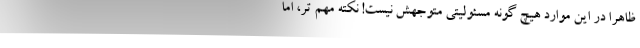
ظاهرا در این موارد هیچ گونه مسئولیتی متوجهش نیست! نکته مهم تر، اما